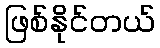
ဖြစ်နိုင်တယ်